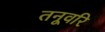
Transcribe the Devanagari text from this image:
तनूवरि